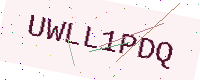
Text: UWLL1PDQ